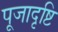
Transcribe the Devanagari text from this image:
पूजादृष्टि